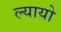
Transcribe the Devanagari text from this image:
ल्यायो